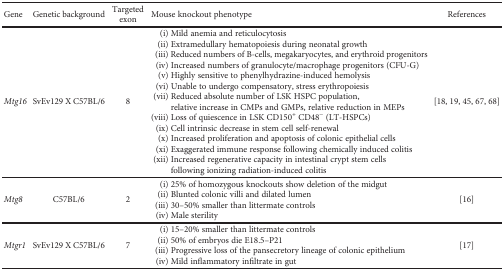
<table><thead><tr><td><b>Gene</b></td><td><b>Genetic background</b></td><td><b>Targeted exon</b></td><td><b>Mouse knockout phenotype</b></td><td><b>References</b></td></tr></thead><tbody><tr><td><i>Mtg16</i></td><td>SvEv129 X C57BL/6</td><td>8</td><td>(i) Mild anemia and reticulocytosis(ii) Extramedullary hematopoiesis during neonatal growth(iii) Reduced numbers of B-cells, megakaryocytes, and erythroid progenitors(iv) Increased numbers of granulocyte/macrophage progenitors (CFU-G)(v) Highly sensitive to phenylhydrazine-induced hemolysis(vi) Unable to undergo compensatory, stress erythropoiesis(vii) Reduced absolute number of LSK HSPC population, relative increase in CMPs and GMPs, relative reduction in MEPs(viii) Loss of quiescence in LSK CD150<sup>+</sup> CD48<sup>−</sup> (LT-HSPCs)(ix) Cell intrinsic decrease in stem cell self-renewal(x) Increased proliferation and apoptosis of colonic epithelial cells(xi) Exaggerated immune response following chemically induced colitis(xii) Increased regenerative capacity in intestinal crypt stem cells following ionizing radiation-induced colitis</td><td>[18, 19, 45, 67, 68]</td></tr><tr><td><i>Mtg8</i></td><td>C57BL/6</td><td>2</td><td>(i) 25% of homozygous knockouts show deletion of the midgut(ii) Blunted colonic villi and dilated lumen(iii) 30–50% smaller than littermate controls(iv) Male sterility</td><td>[16]</td></tr><tr><td><i>Mtgr1</i></td><td>SvEv129 X C57BL/6</td><td>7</td><td>(i) 15–20% smaller than littermate controls(ii) 50% of embryos die E18.5–P21(iii) Progressive loss of the pansecretory lineage of colonic epithelium(iv) Mild inflammatory infiltrate in gut</td><td>[17]</td></tr></tbody></table>